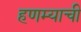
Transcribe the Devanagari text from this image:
हणम्याची